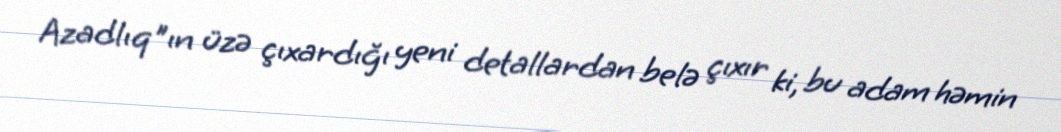
Azadlıq"ın üzə çıxardığı yeni detallardan belə çıxır ki, bu adam həmin